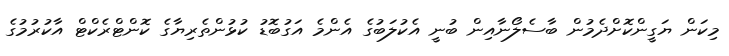
މިކަން ޔަގީންކޮށްދެމުން ބާސެލޯނާއިން ބުނީ އެކުލަބުގެ އެންމެ އަގުބޮޑު ކުޅުންތެރިޔާގެ ކޮންޓްރެކްޓް އާކުރުމުގެ